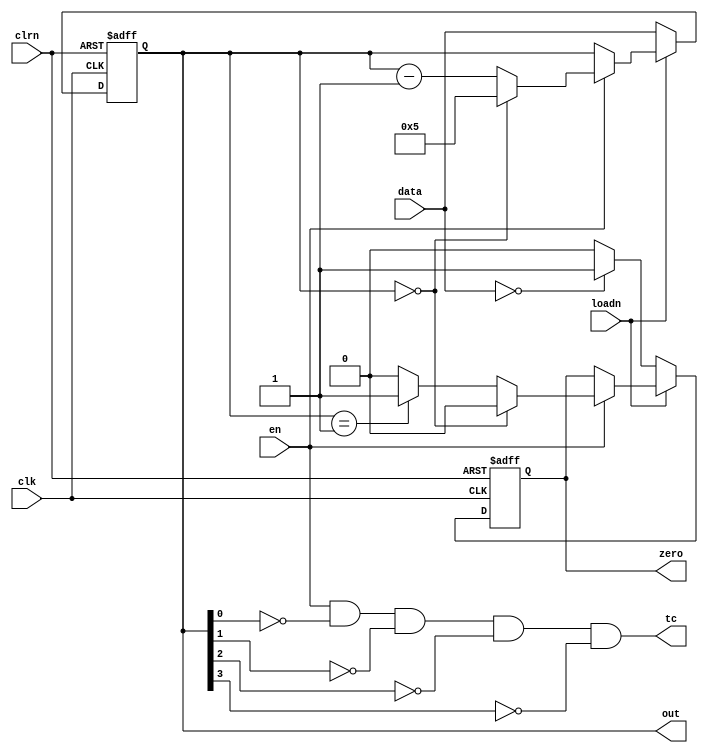
module timer_six(input wire [3:0] data, input wire loadn,input wire clk,input wire clrn, input wire en,
               output reg [3:0]  out, output wire tc, output reg zero );

assign tc = (en & ~out[0] & ~out[1] & ~out[2] & ~out[3]);

initial begin
    out  = 0;
end

always @(posedge clk,negedge clrn)
    begin
        if(~clrn)
        begin
            out <= 0;
            zero <= 1;
        end
        else if(~loadn)
            begin
                out <= data;
                zero <= (data==0)? 1 : 0;
            end
        else if(en)
        begin
            if(out==0)
            begin
                out <= 5;
                zero <= 0;
            end
            else if(out==1)
            begin
                out <= out-1;
                zero <= 1;
            end
            else
            begin
                out <= out-1;
                zero <= 0;
            end
        end
    end

endmodule